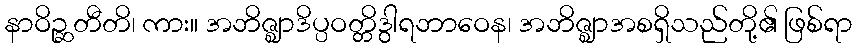
နာဝိဉ္ဆတီတိ၊ ကား။ အဘိဇ္ဈာဒိပ္ပဝတ္တိဒွါရဘာဝေန၊ အဘိဇ္ဈာအစရှိသည်တို့၏ ဖြစ်ရာ